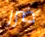
ضرر